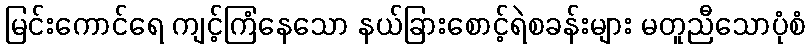
မြင်းကောင်ရေ ကျင့်ကြံနေသော နယ်ခြားစောင့်ရဲစခန်းများ မတူညီသောပုံစံ